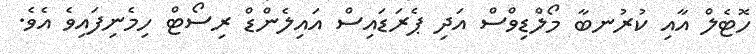
ހޮޓެލް އާއި ކުރުނބާ މޯލްޑިވްސް އަދި ޕެރަޑައިސް އައިލެންޑް ރިސޯޓް ހިމެނިފައިވެ އެވެ.